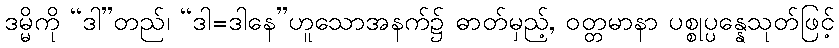
ဒမ္မိကို “ဒါ”တည်၊ “ဒါ=ဒါနေ”ဟူသောအနက်၌ ဓာတ်မှည့်, ဝတ္တမာနာ ပစ္စုပ္ပန္နေသုတ်ဖြင့်